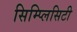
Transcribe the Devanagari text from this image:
सिम्प्लिसिटी